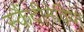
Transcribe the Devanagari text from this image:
स्कैंदीनेविया